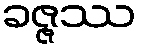
ခဇ္ဇဿ